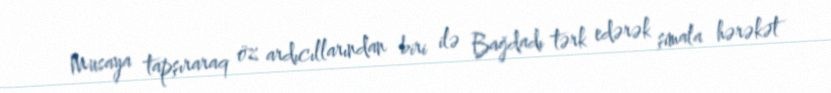
Musaya tapşıraraq öz ardıcıllarından biri ilə Bağdadı tərk edərək şimala hərəkət